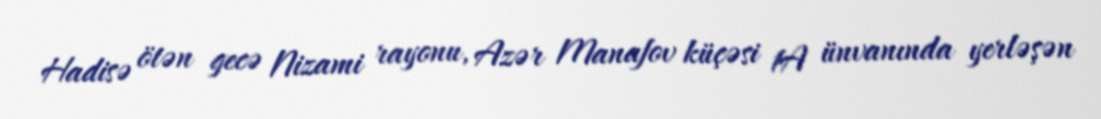
Hadisə ötən gecə Nizami rayonu, Azər Manafov küçəsi 1A ünvanında yerləşən